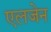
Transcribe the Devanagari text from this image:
एलजेन